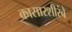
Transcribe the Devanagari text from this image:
कासारशीरंबे